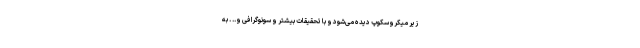
زیر میکروسکوپ دیده می‌شود و با تحقیقات بیشتر و سونوگرافی و.. . به